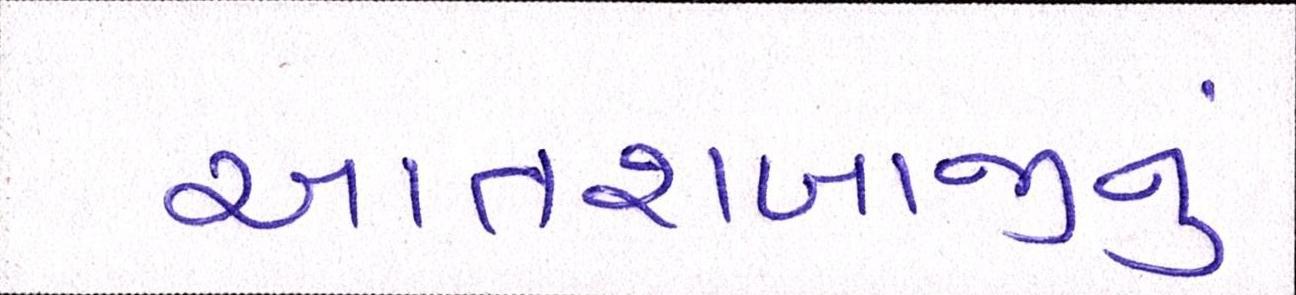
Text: આતશબાજીનું